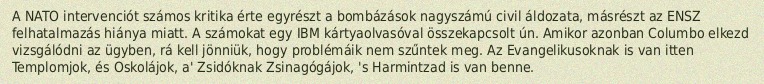
A NATO intervenciót számos kritika érte egyrészt a bombázások nagyszámú civil áldozata, másrészt az ENSZ felhatalmazás hiánya miatt. A számokat egy IBM kártyaolvasóval összekapcsolt ún. Amikor azonban Columbo elkezd vizsgálódni az ügyben, rá kell jönniük, hogy problémáik nem szűntek meg. Az Evangelikusoknak is van itten Templomjok, és Oskolájok, a' Zsidóknak Zsinagógájok, 's Harmintzad is van benne.